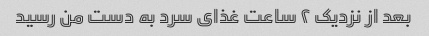
بعد از نزدیک ۲ ساعت غذای سرد به دست من رسید